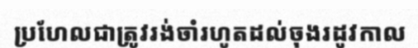
ប្រហែលជាត្រូវរង់ចាំរហូតដល់ចុងរដូវកាល